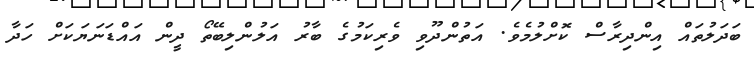
ބަދަލުތައް އިންދިރާސް ކޮށްލުމެވެ. އަތުންދޫވި ވެރިކަމުގެ ބާރު އަލުންލިބޭތޯ ދީން އައްޑަނަޔަކަށް ހަދާ